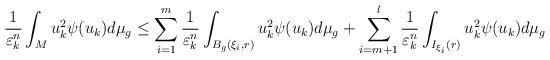
LaTeX: \begin{align*}\frac{1}{\varepsilon_{k}^{n}}\int_{M}u_{k}^{2}\psi(u_{k})d\mu_{g}\le\sum_{i=1}^{m}\frac{1}{\varepsilon_{k}^{n}}\int_{B_{g}(\xi_{i},r)}u_{k}^{2}\psi(u_{k})d\mu_{g}+\sum_{i=m+1}^{l}\frac{1}{\varepsilon_{k}^{n}}\int_{I_{\xi_{i}}(r)}u_{k}^{2}\psi(u_{k})d\mu_{g}\end{align*}